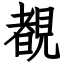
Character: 覩